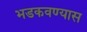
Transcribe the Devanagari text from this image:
भडकवण्यास